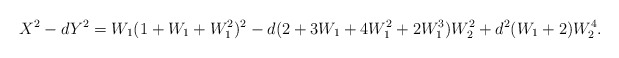
\begin{align*}X^2-dY^2=W_1(1+W_1+W_1^2)^2-d(2+3W_1+4W_1^2+2W_1^3)W_2^2+d^2(W_1+2)W_2^4.\end{align*}